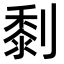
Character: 㓿